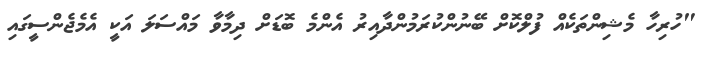
"ހުރިހާ މެޝިންތަކެއް ފުލްކޮށް ބޭނުންކުރަމުންދާއިރު އެންމެ ބޮޑަށް ދިމާވާ މައްސަލަ އަކީ އެމެޖެންސީގައި